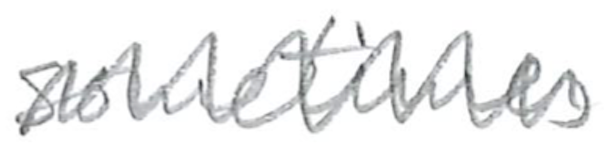
Text: sometimes
Cross-out: zig-zag
Writing tool: pencil